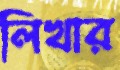
লিখার